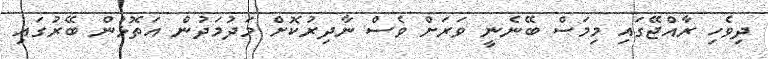
ދިވެހި ރާއްޖޭގައި މިމަސް ބޭނެނީ ވަރަށް ވެސް ނާދިރުކޮށް މަދުމަދުން އަތޮޅުން ބޭރުގައި